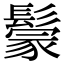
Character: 𩮡